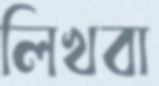
লিখবা